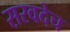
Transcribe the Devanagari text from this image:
सरवदेच